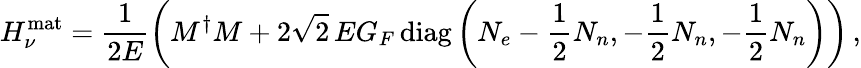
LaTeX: H_{\nu}^{\mathrm{mat}}=\frac{1}{2E}\left(M^{\dagger}M+2\sqrt{2}\, EG_{F}\, \mathrm{diag}\left(N_{e}-\frac{1}{2}N_{n},-\frac{1}{2}N_{n},-\frac{1}{2}N_{n}\right)\right)\, ,